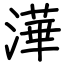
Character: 澕